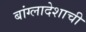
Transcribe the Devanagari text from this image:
बांग्लादेशाची